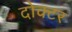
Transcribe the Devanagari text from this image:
दोक्टर